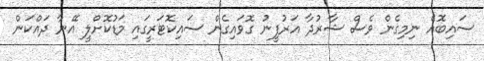
ސައިބޮއެ ނިމިގެން ވެސް ޝާރުދާ އަރުފީނު ގޮވައިގެން ސައިކޮޓަރީގައި މަޑުކޮށްލީ އޭނާ ދައްކަން